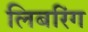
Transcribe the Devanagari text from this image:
लिबरिंग